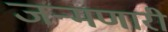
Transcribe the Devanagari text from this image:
जन्मणारी